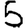
Digit: 5